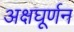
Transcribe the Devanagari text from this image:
अक्षघूर्णन